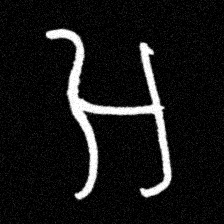
Pyu character \u2014 Myanmar letter: အ (romanized: a)